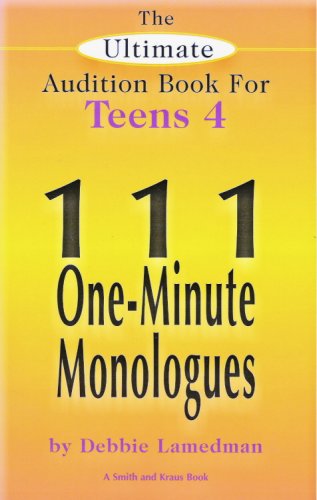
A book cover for The Ultimate Audition Book for Teens Volume 4: 111 One Minute Monologues; Debbie Lamedman; Teen & Young Adult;